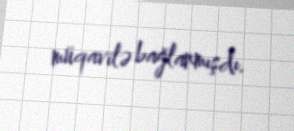
müqavilə bağlanmışdı.